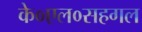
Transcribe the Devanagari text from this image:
के०एल०सहगल